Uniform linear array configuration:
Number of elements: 64
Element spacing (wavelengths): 1
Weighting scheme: kaiser
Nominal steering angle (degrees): -30
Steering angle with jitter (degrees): -31.571
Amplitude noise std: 0.05
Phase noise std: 0.05

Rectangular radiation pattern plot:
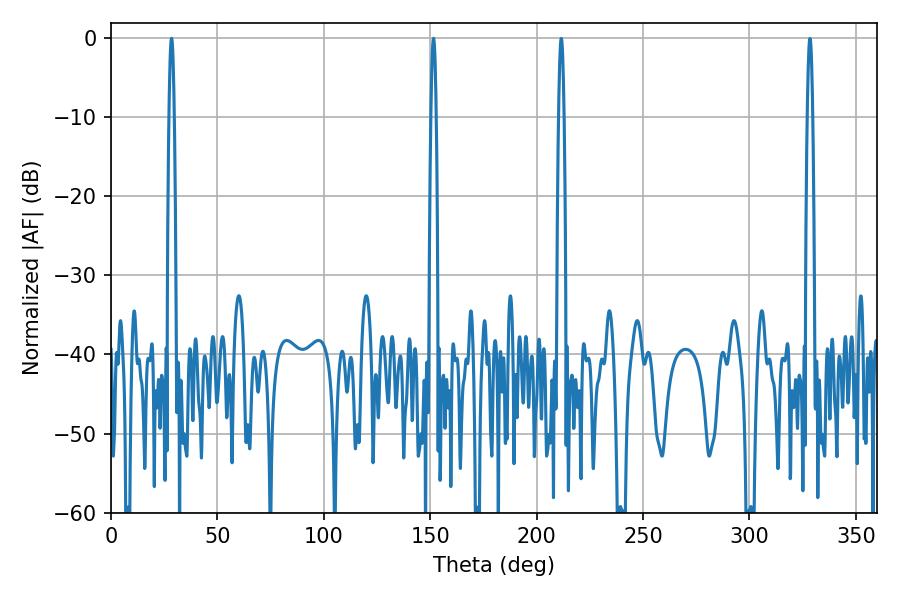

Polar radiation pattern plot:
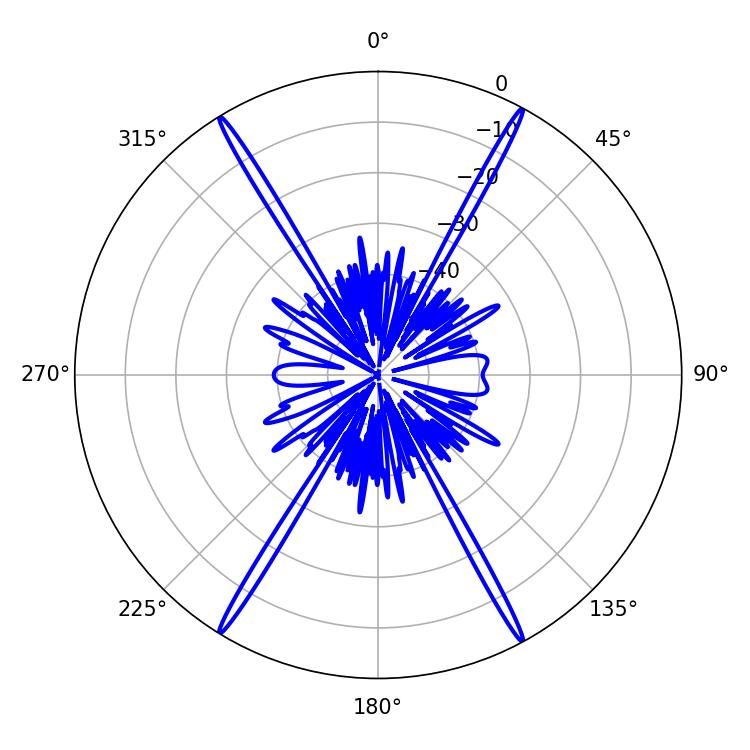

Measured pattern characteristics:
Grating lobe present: TRUE
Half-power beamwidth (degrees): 1.26
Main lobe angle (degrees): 28.44